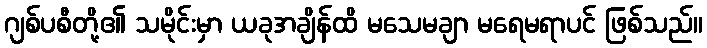
ဂျစ်ပစီတို့၏ သမိုင်းမှာ ယခုအချိန်ထိ မသေမချာ မရေမရာပင် ဖြစ်သည်။